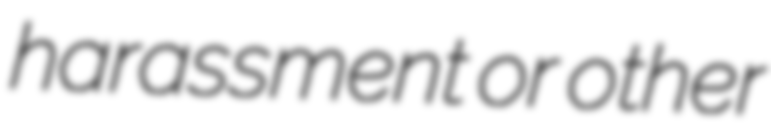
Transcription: harassment or other